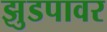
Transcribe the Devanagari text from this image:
झुडपावर